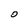
Character: 0